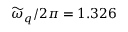
\widetilde { \omega } _ { q } / 2 \pi = 1 . 3 2 6